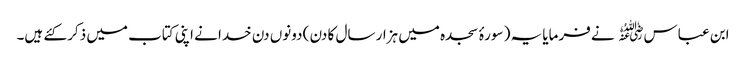
ابن عباس﷜ نے فرمایا یہ ( سورۂ سجدہ میں ہزار سال کا دن ) دونوں دن خدا نے اپنی کتاب میں ذکر کئے ہیں۔